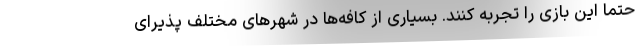
حتما این بازی را تجربه کنند. بسیاری از کافه‌ها در شهرهای مختلف پذیرای